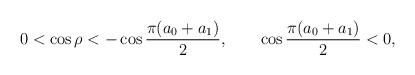
LaTeX: \begin{align*}0<\cos\rho <-\cos\frac{\pi (a_0+a_1)}{2}, \qquad \cos\frac{\pi (a_0+a_1)}{2}<0,\end{align*}